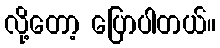
လို့တော့ ပြောပါတယ်။